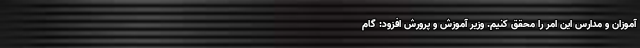
آموزان و مدارس این امر را محقق کنیم. وزیر آموزش و پرورش افزود: گام